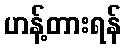
ဟန့်တားရန်